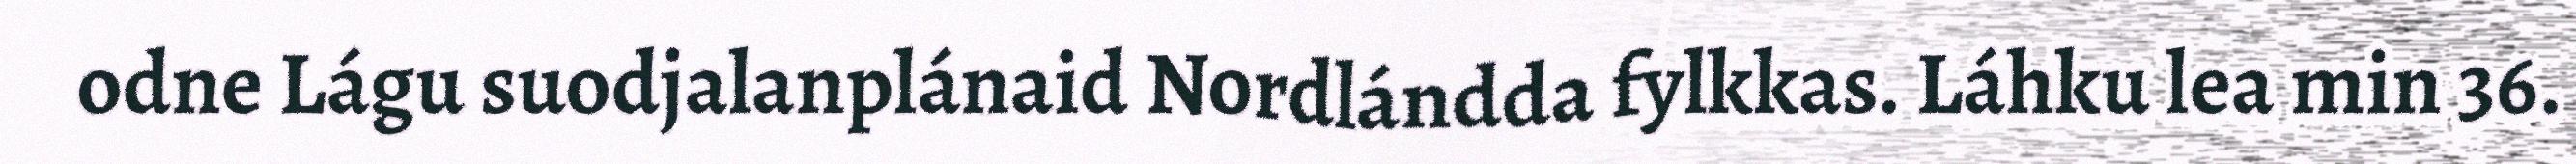
odne Lágu suodjalanplánaid Nordlándda fylkkas. Láhku lea min 36.